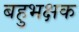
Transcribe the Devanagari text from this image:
बहुभक्षक